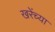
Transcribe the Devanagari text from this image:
खरेंच्या